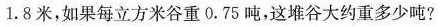
1.8米，如果每立方米谷重0.75吨，这堆谷大约重多少吨?